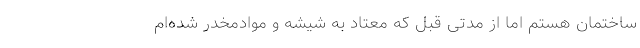
ساختمان هستم اما از مدتی قبل که معتاد به شیشه و مواد‌مخدر شده‌ام